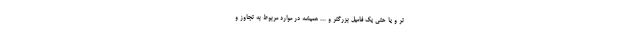
تر و یا حتی یک فامیل بزرگتر و ... همیشه در موارد مربوط به تجاوز و